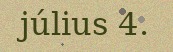
július 4.